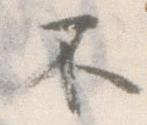
不